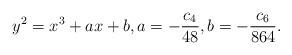
LaTeX: \begin{align*} y^2 = x^3 + a x + b,a = -\frac{c_4}{48}, b = -\frac{c_6}{864}. \end{align*}